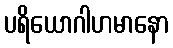
ပရိယောဂါဟမာနော